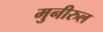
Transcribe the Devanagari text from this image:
मुनीरुल